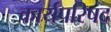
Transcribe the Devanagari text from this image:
कार्यपरिषद